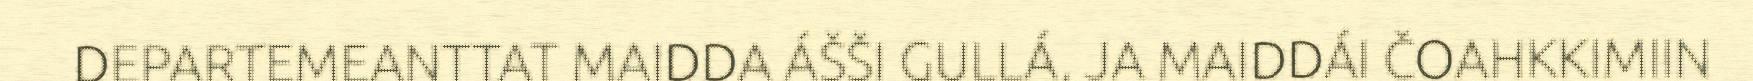
DEPARTEMEANTTAT MAIDDA ÁŠŠI GULLÁ, JA MAIDDÁI ČOAHKKIMIIN